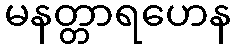
မနတ္တာရဟေန